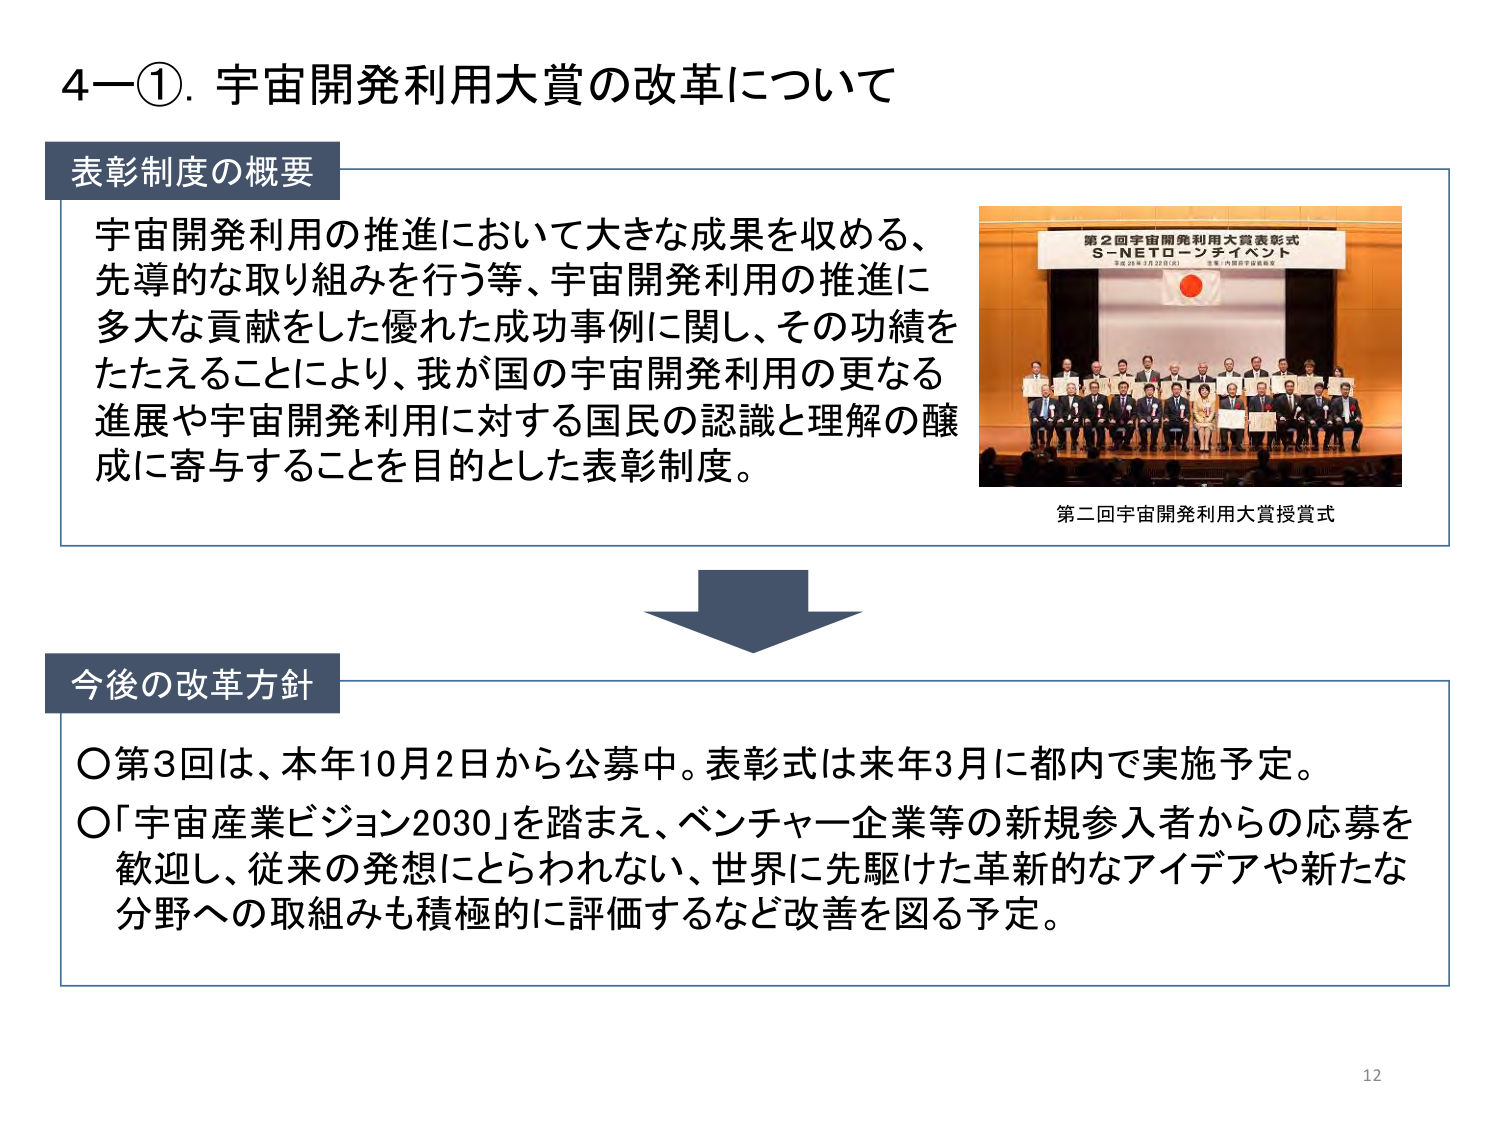
4－①．宇宙開発利用大賞の改革について

表彰制度の概要
宇宙開発利用の推進において大きな成果を収める、
先導的な取り組みを行う等、宇宙開発利用の推進に
多大な貢献をした優れた成功事例に関し、その功績を
たたえることにより、我が国の宇宙開発利用の更なる
進展や宇宙開発利用に対する国民の認識と理解の醸
成に寄与することを目的とした表彰制度。

第2回宇宙開発利用大賞表彰式
S-NETローンチイベント
平成26年3月22日（土）
主催：内閣府宇宙政策室

第二回宇宙開発利用大賞授賞式

今後の改革方針
〇第3回は、本年10月2日から公募中。表彰式は来年3月に都内で実施予定。
〇「宇宙産業ビジョン2030」を踏まえ、ベンチャー企業等の新規参入者からの応募を
歓迎し、従来の発想にとらわれない、世界に先駆けた革新的なアイデアや新たな
分野への取組みも積極的に評価するなど改善を図る予定。

12